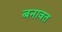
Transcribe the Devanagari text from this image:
बनावत